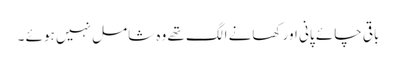
باقی چائے پانی اور کھانے الگ تھے وہ شامل نہیں ہوئے ۔